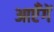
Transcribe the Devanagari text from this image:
आएँगें